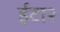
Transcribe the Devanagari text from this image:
ईटा२